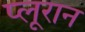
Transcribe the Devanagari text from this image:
प्लूरान